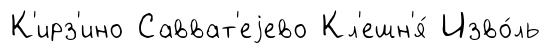
К'ирз'ино Савват'еjево Кл'ешн'я́ Изво́ль